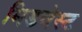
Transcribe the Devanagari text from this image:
मिडवेस्‍ट